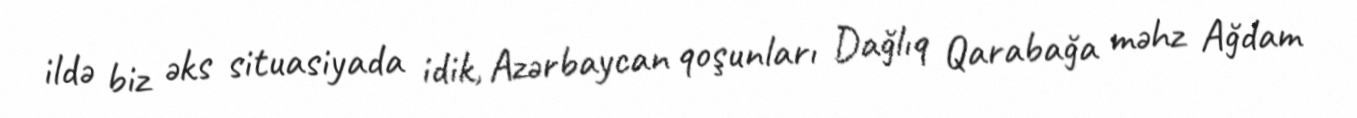
ildə biz əks situasiyada idik, Azərbaycan qoşunları Dağlıq Qarabağa məhz Ağdam